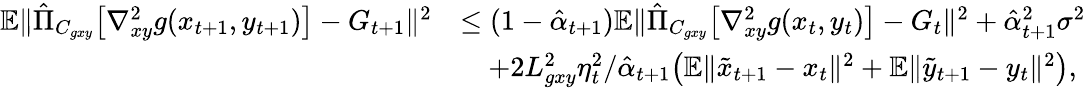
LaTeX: \begin{array}{rl}{\mathbb{E}\| \hat{\Pi}_{C_{gxy}}\big[\nabla_{xy}^{2}g(x_{t+1},y_{t+1})\big]-G_{t+1}\| ^{2}}&{\leq(1-\hat{\alpha}_{t+1})\mathbb{E}\| \hat{\Pi}_{C_{gxy}}\big[\nabla_{xy}^{2}g(x_{t},y_{t})\big]-G_{t}\| ^{2}+\hat{\alpha}_{t+1}^{2}\sigma^{2}}\\ &{\quad+2L_{gxy}^{2}\eta_{t}^{2}/\hat{\alpha}_{t+1}\big(\mathbb{E}\| \tilde{x}_{t+1}-x_{t}\| ^{2}+\mathbb{E}\| \tilde{y}_{t+1}-y_{t}\| ^{2}\big),}\end{array}